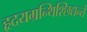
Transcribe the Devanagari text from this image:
हृदयग्रन्थिश्छिद्यन्ते